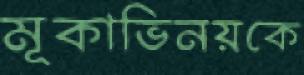
মূকাভিনয়কে